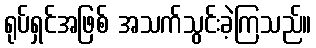
ရုပ်ရှင်အဖြစ် အသက်သွင်းခဲ့ကြသည်။